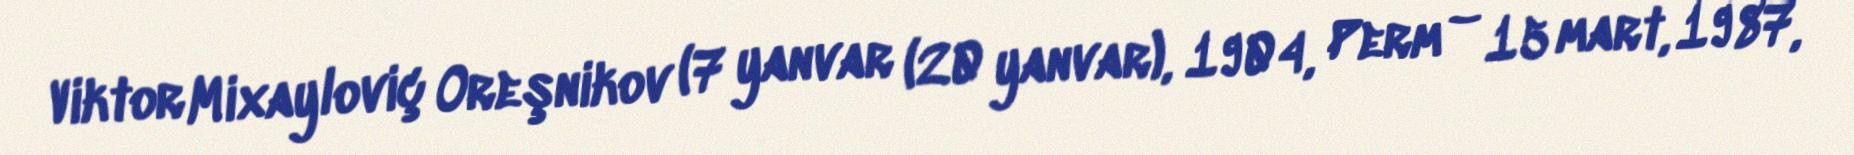
Viktor Mixayloviç Oreşnikov (7 yanvar (20 yanvar), 1904, Perm – 15 mart, 1987,